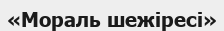
«Мораль шежіресі»